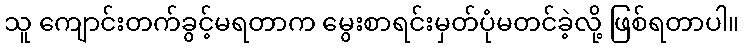
သူ ကျောင်းတက်ခွင့်မရတာက မွေးစာရင်းမှတ်ပုံမတင်ခဲ့လို့ ဖြစ်ရတာပါ။